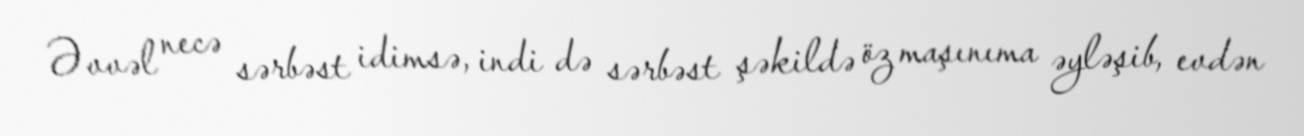
Əvvəl necə sərbəst idimsə, indi də sərbəst şəkildə öz maşınıma əyləşib, evdən